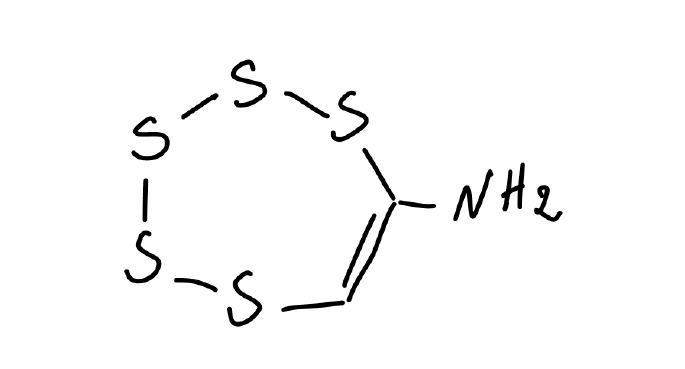
Simplified molecular-input line-entry system (SMILES) notation of the given molecule:
C1=C(SSSSS1)N